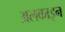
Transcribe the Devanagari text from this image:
अलकाइन